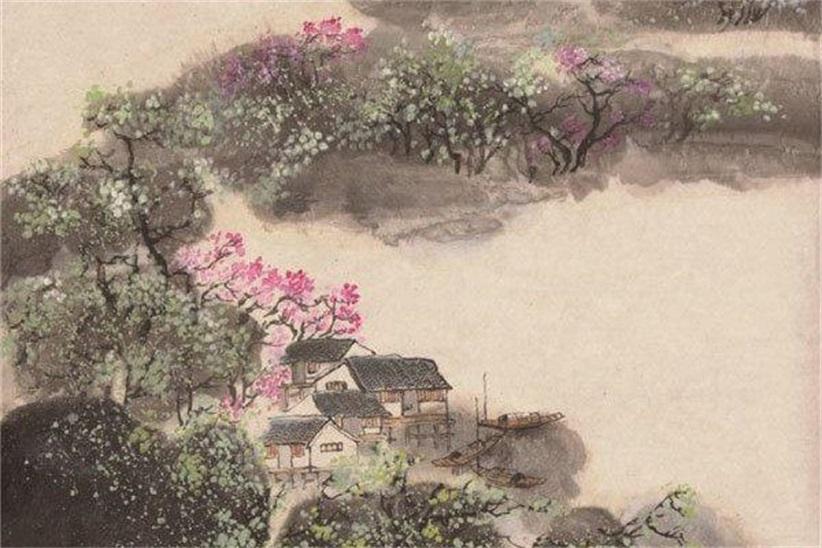
旋开旋落旋成空，白发多情人更惜。